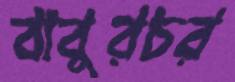
বাবুরচর